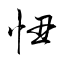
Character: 忸